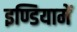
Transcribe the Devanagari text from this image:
इण्डियामें